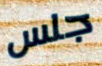
جلس